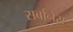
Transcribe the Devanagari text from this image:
सर्बानेस